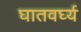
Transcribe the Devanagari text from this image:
घातवर्घ्य